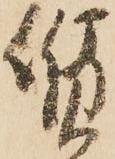
質